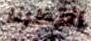
انتظرنا